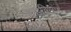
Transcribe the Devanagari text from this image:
राडक्लिफ़